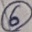
Text: 6